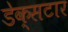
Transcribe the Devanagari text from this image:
डेक्सटार